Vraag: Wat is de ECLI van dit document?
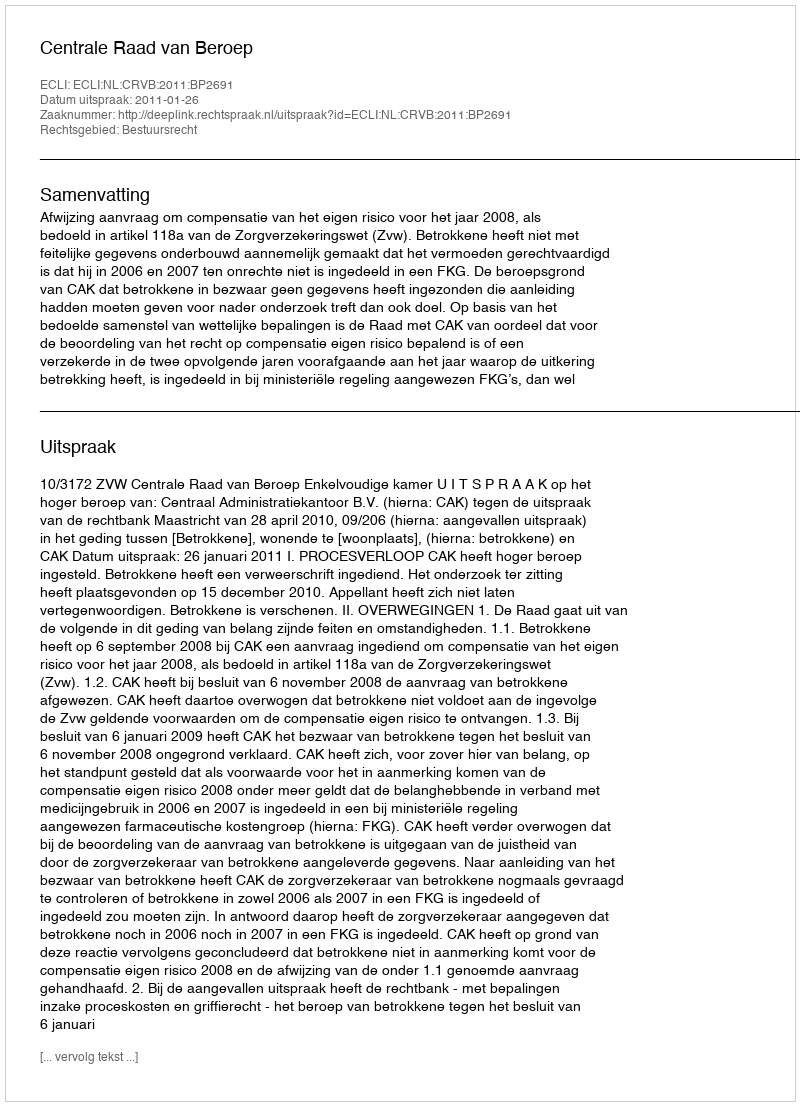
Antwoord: ECLI:NL:CRVB:2011:BP2691